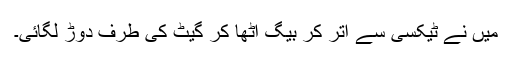
میں نے ٹیکسی سے اتر کر بیگ اٹھا کر گیٹ کی طرف دوڑ لگائی۔